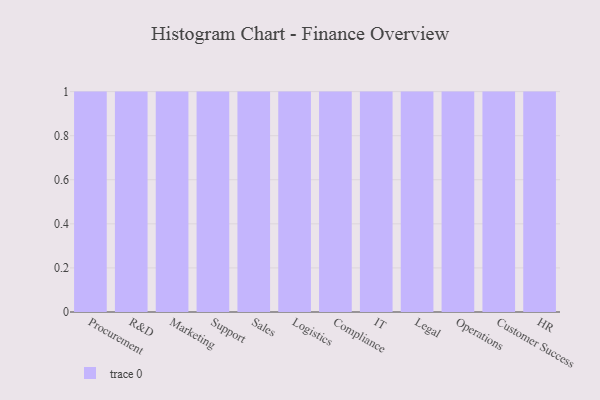
{"axis": {"x": "Department", "y": "Gross Profit (USD K)"}, "legend": [""], "data": [{"x": "Procurement", "y": 78, "type": ""}, {"x": "R&D", "y": 61, "type": ""}, {"x": "Marketing", "y": 37, "type": ""}, {"x": "Support", "y": 32, "type": ""}, {"x": "Sales", "y": 51, "type": ""}, {"x": "Logistics", "y": 47, "type": ""}, {"x": "Compliance", "y": 77, "type": ""}, {"x": "IT", "y": 41, "type": ""}, {"x": "Legal", "y": 42, "type": ""}, {"x": "Operations", "y": 84, "type": ""}, {"x": "Customer Success", "y": 42, "type": ""}, {"x": "HR", "y": 85, "type": ""}]}